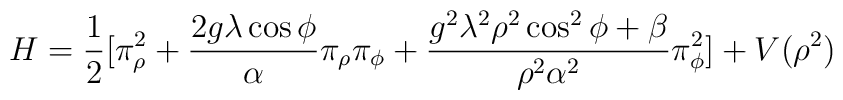
H= \frac{1}{2}[\pi_\rho^2+ \frac{2g\lambda \cos\phi}{\alpha}\pi_\rho\pi_\phi+ \frac{g^2\lambda^2\rho^2\cos^2\phi +\beta}{\rho^2\alpha^2}\pi_\phi^2]+V(\rho^2)